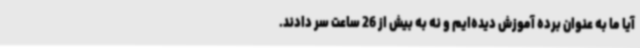
آیا ما به عنوان برده آموزش دیده‌ایم و نه به بیش از 26 ساعت سر دادند.